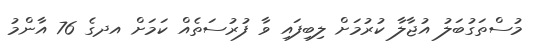
މުސްތަގުބަލު އުޖާލާ ކުރުމަށް ލިބިފައި ވާ ފުރުސަތެއް ކަމަށް އދގެ 76 އާންމު